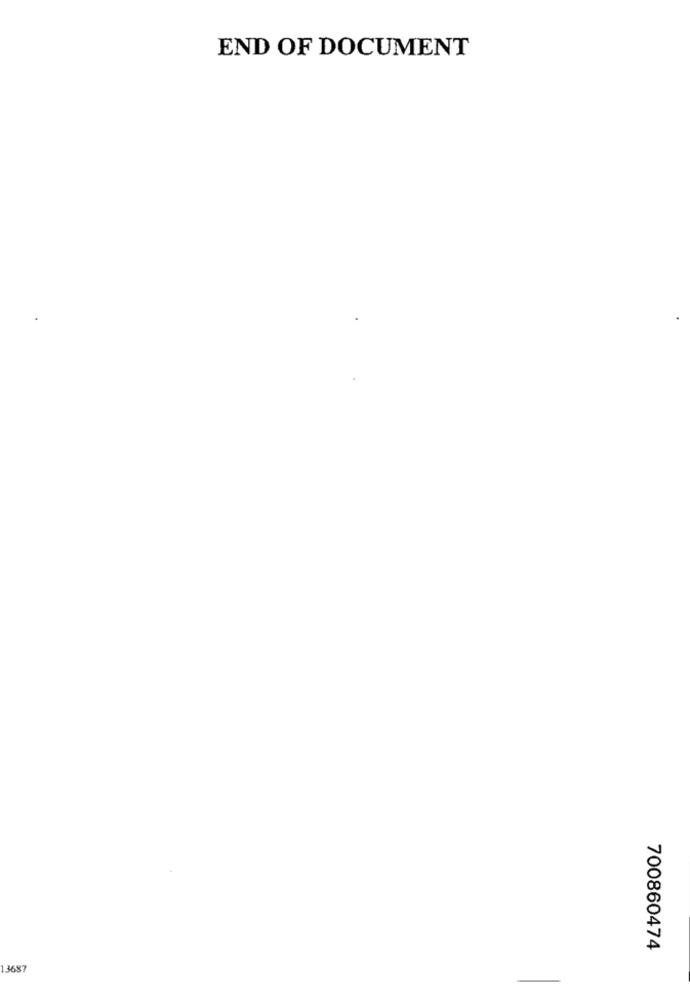
END OF DOCUMENT
700860474
13687